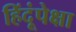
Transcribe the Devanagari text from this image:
हिंदूंपेक्षा